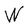
Character: W